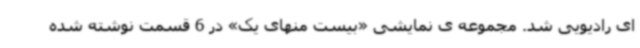
ای رادیویی شد. مجموعه ی نمایشی «بیست منهای یک» در 6 قسمت نوشته شده